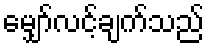
မျှော်လင့်ချက်သည်